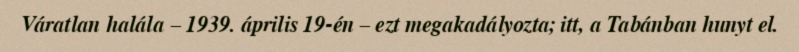
Váratlan halála – 1939. április 19-én – ezt megakadályozta; itt, a Tabánban hunyt el.